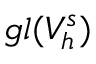
\mathfrak { g l } ( V _ { h } ^ { s } )